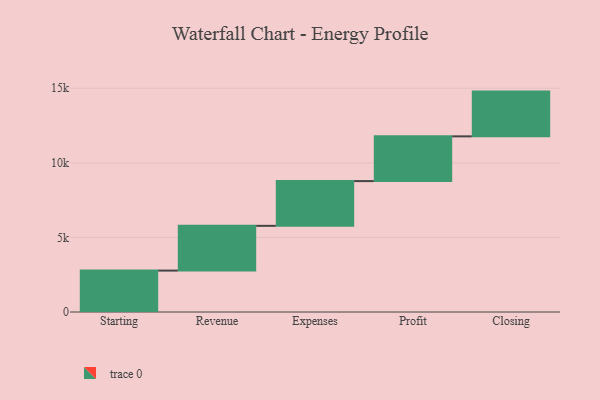
{"axis": {"x": "Step", "y": "Value"}, "legend": [""], "data": [{"x": "Starting", "y": 2776.0, "type": ""}, {"x": "Revenue", "y": 3000, "type": ""}, {"x": "Expenses", "y": 3000, "type": ""}, {"x": "Profit", "y": 3000, "type": ""}, {"x": "Closing", "y": 3000, "type": ""}]}